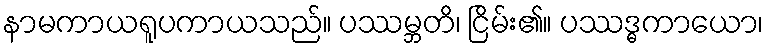
နာမကာယရူပကာယသည်။ ပဿမ္ဘတိ၊ ငြိမ်း၏။ ပဿဒ္ဓကာယော၊